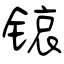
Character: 锿